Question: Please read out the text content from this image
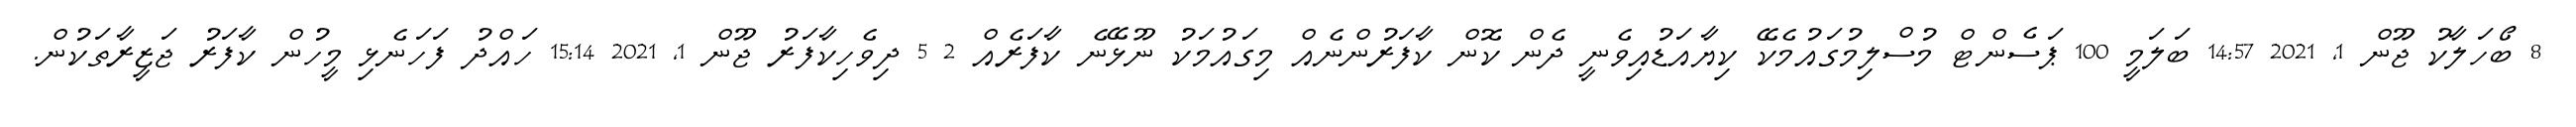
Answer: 8 ބޯހަލާކު ޖޫން 1, 2021 14:57 ބަލަމީ 100 ޕަސެންޓް މުސްލިމުގައުމެކޭ ކިޔާއަޑުއިވެނީ ދެން ކޮން ކާފަރުންނެއް މިގައުމަކު ނޫޅޭނެ ކާފަރެއް 2 5 ދިވެހިކާފަރު ޖޫން 1, 2021 15:14 ހައްދު ފަހަނެޅި މީހުން ކާފަރު ޖަޒީރާތަކުން.